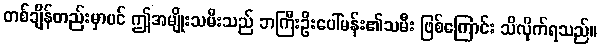
တစ်ချိန်တည်းမှာပင် ဤအမျိုးသမီးသည် ဘကြီးဦးပေါ်မန်း၏သမီး ဖြစ်ကြောင်း သိလိုက်ရသည်။